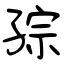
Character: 孮